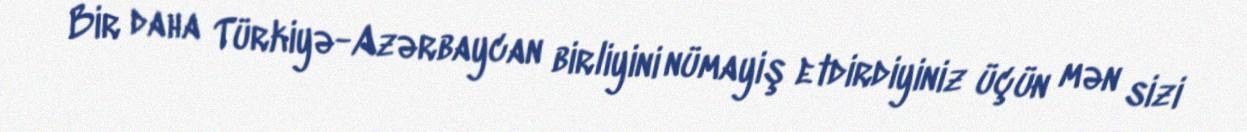
Bir daha Türkiyə-Azərbaycan birliyini nümayiş etdirdiyiniz üçün mən sizi